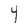
Character: Y